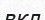
вкл